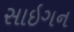
સાઇગન